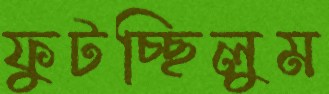
ফুটচ্ছিলুম